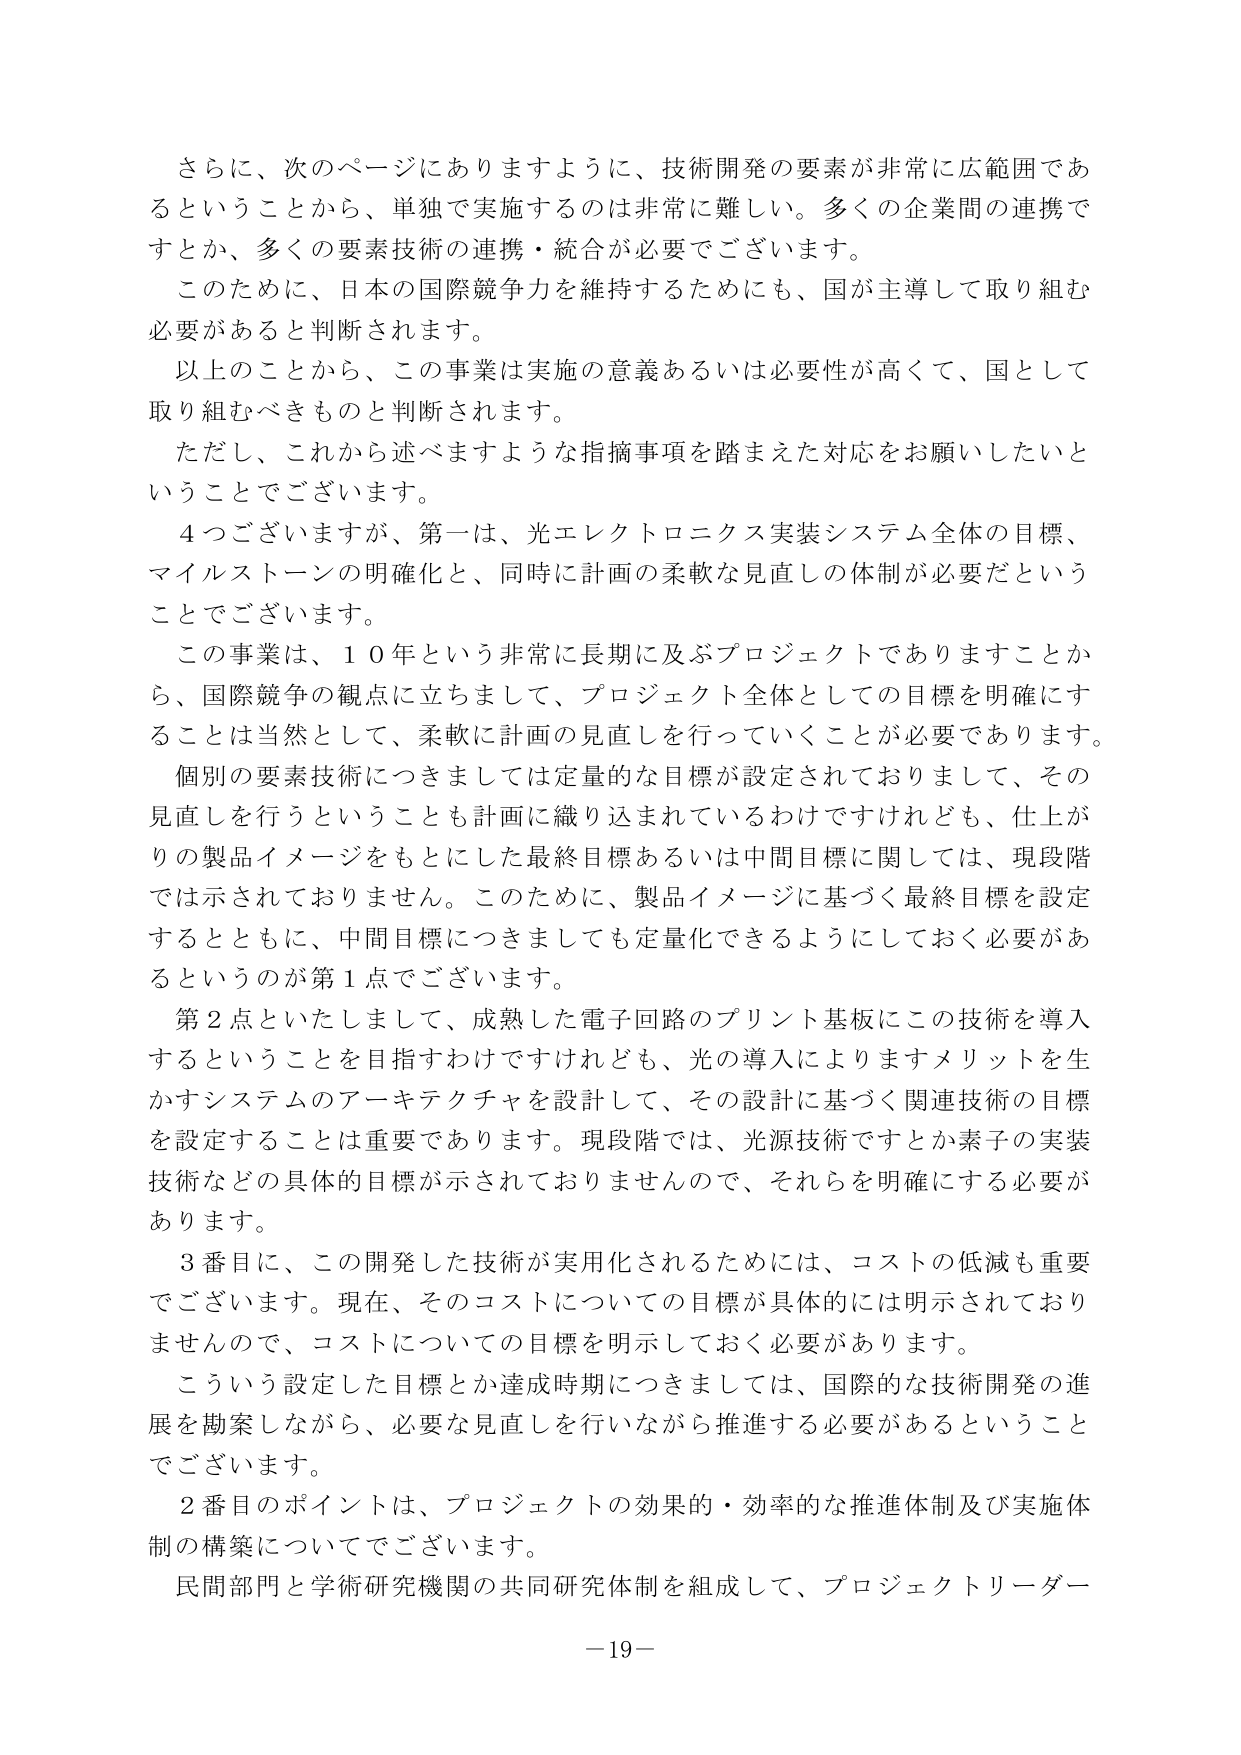
さらに、次のページにありますように、技術開発の要素が非常に広範囲であるということから、単独で実施するのは非常に難しい。多くの企業間の連携ですとか、多くの要素技術の連携・統合が必要でございます。

このために、日本の国際競争力を維持するためにも、国が主導して取り組む必要があると判断されます。

以上のことから、この事業は実施の意義あるいは必要性が高くて、国として取り組むべきものと判断されます。

ただし、これから述べますような指摘事項を踏まえた対応をお願いしたいということでございます。

４つございますが、第一は、光エレクトロニクス実装システム全体の目標、マイルストーンの明確化と、同時に計画の柔軟な見直しの体制が必要だということでございます。

この事業は、１０年という非常に長期に及ぶプロジェクトでありますことから、国際競争の観点に立ちまして、プロジェクト全体としての目標を明確にすることは当然として、柔軟に計画の見直しを行っていくことが必要であります。

個別の要素技術につきましては定量的な目標が設定されておりまして、その見直しを行うということも計画に織り込まれているわけですが、仕上がりの製品イメージをもとにした最終目標あるいは中間目標に関しては、現段階では示されておりません。このために、製品イメージに基づく最終目標を設定するとともに、中間目標につきましても定量化できるようにしておく必要があるというのが第１点でございます。

第２点といたしまして、成熟した電子回路のプリント基板にこの技術を導入するということを目指すわけですが、光の導入によりますメリットを生かすシステムのアーキテクチャを設計して、その設計に基づく関連技術の目標を設定することは重要であります。現段階では、光源技術ですとか素子の実装技術などの具体的目標が示されておりませんので、それらを明確にする必要があります。

３番目に、この開発した技術が実用化されるためには、コストの低減も重要でございます。現在、そのコストについての目標が具体的には明示されておりませんので、コストについての目標を明示しておく必要があります。

こういう設定した目標とか達成時期につきましては、国際的な技術開発の進展を勘案しながら、必要な見直しを行いながら推進する必要があるということでございます。

２番目のポイントは、プロジェクトの効果的・効率的な推進体制及び実施体制の構築についてでございます。

民間部門と学術研究機関の共同研究体制を組成して、プロジェクトリーダー

－19－